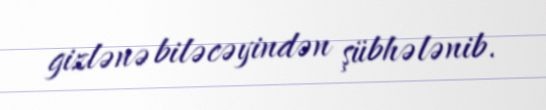
gizlənə biləcəyindən şübhələnib.